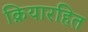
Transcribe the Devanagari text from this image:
क्रियारहित